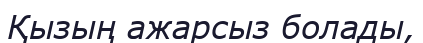
Қызың ажарсыз болады,